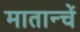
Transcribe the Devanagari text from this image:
मातान्चें